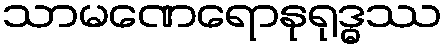
သာမဏေရောနုရုဒ္ဓဿ